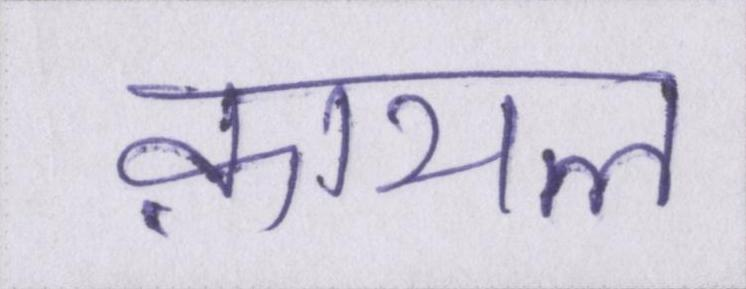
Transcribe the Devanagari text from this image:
क़ायल